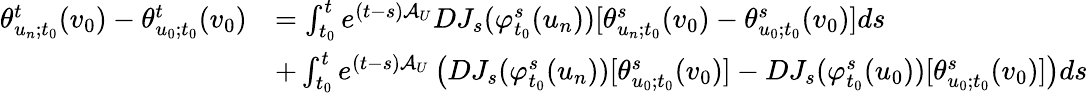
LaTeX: \begin{array}{rl}{\theta_{u_{n};t_{0}}^{t}(v_{0})-\theta_{u_{0};t_{0}}^{t}(v_{0})}&{=\int_{t_{0}}^{t}e^{(t-s)\mathcal{A}_{U}}DJ_{s}(\varphi_{t_{0}}^{s}(u_{n}))[\theta_{u_{n};t_{0}}^{s}(v_{0})-\theta_{u_{0};t_{0}}^{s}(v_{0})]ds}\\ &{+\int_{t_{0}}^{t}e^{(t-s)\mathcal{A}_{U}}\left(DJ_{s}(\varphi_{t_{0}}^{s}(u_{n}))[\theta_{u_{0};t_{0}}^{s}(v_{0})]-DJ_{s}(\varphi_{t_{0}}^{s}(u_{0}))[\theta_{u_{0};t_{0}}^{s}(v_{0})]\right)ds}\end{array}